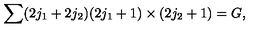
\sum ( 2 j _ { 1 } + 2 j _ { 2 } ) ( 2 j _ { 1 } + 1 ) \times ( 2 j _ { 2 } + 1 ) = G ,